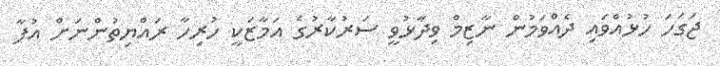
ޖަގަހަ ހުޅުއްވައި ދެއްވަމުން ނާޒިމް ވިދާޅުވީ ސަރުކާރުގެ އަމާޒަކީ ހުރިހާ ރައްޔިތުންނަށް އުފާ